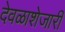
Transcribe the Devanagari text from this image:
देवळाशेजारी